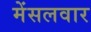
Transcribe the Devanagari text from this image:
मेंसलवार